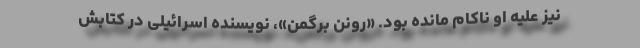
نیز علیه او ناکام مانده بود. «رونن برگمن»، نویسنده اسرائیلی در کتابش